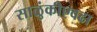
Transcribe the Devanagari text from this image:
साळुंकीएवढा